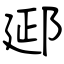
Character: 郔